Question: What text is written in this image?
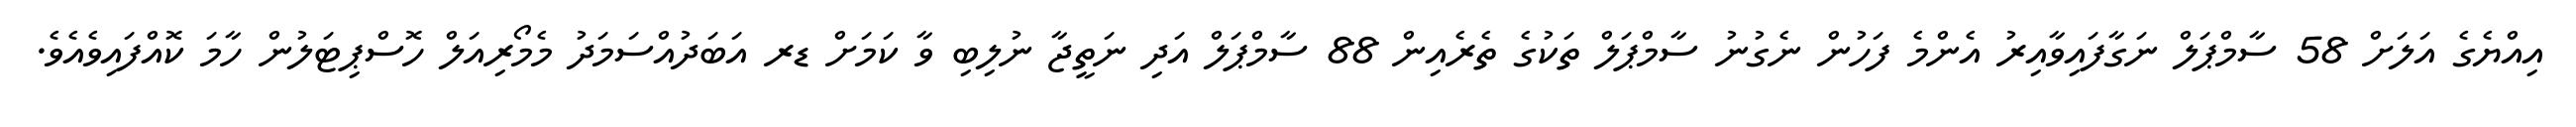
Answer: އިއްޔެގެ އަލަށް 58 ސާމްޕަލް ނަގާފައިވާއިރު އެންމެ ފަހުން ނެގުނު ސާމްޕަލް ތަކުގެ ތެރެއިން 88 ސާމްޕަލް އަދި ނަތީޖާ ނުލިބި ވާ ކަމަށް ޑރ އަބަދުއްސަމަދު މެމޯރިއަލް ހޮސްޕިޓަލުން ހާމަ ކޮއްފައިވެއެވެ.